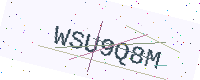
Text: WSU9Q8M